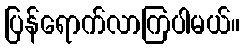
ပြန်ရောက်လာကြပါမယ်။